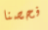
فحصنا